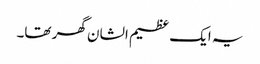
یہ ایک عظیم الشان گھر تھا۔